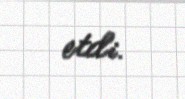
etdi.